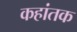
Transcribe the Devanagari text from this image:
कहांतक